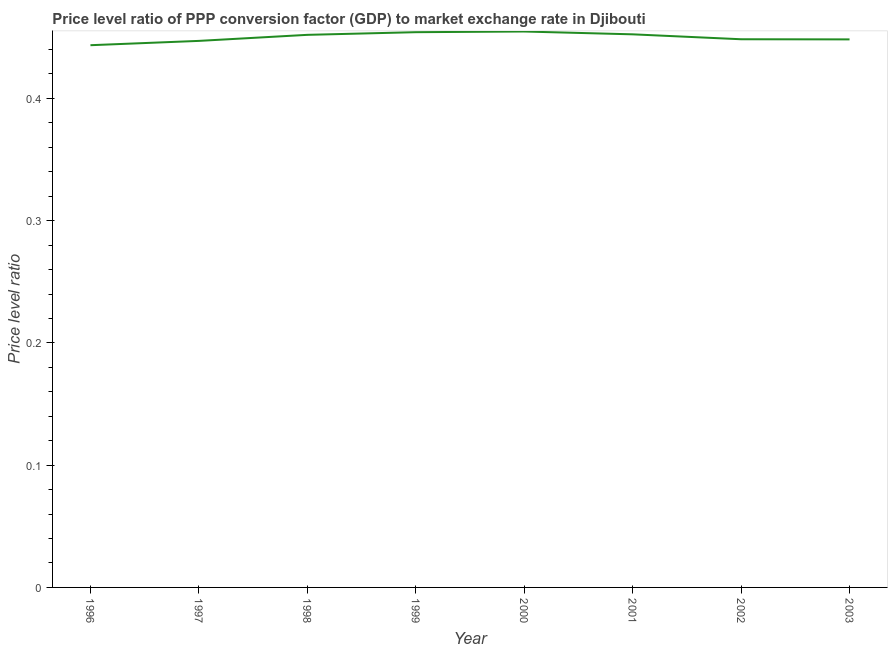
| Year | Price level ratio |
 | --- | --- |
 | 1996 | 0.444 |
 | 1997 | 0.447 |
 | 1998 | 0.452 |
 | 1999 | 0.454 |
 | 2000 | 0.455 |
 | 2001 | 0.452 |
 | 2002 | 0.448 |
 | 2003 | 0.448 |